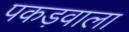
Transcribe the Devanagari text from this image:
पकड़वाला